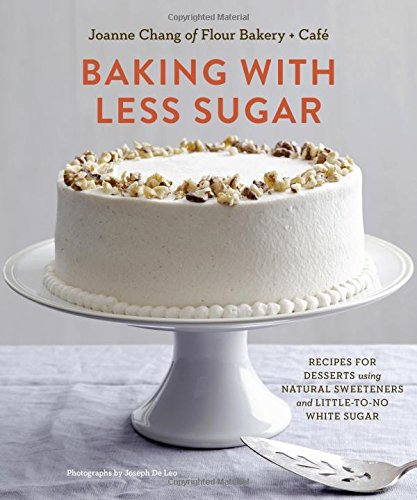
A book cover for Baking with Less Sugar: Recipes for Desserts Using Natural Sweeteners and Little-to-No White Sugar; Joanne Chang; Cookbooks, Food & Wine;